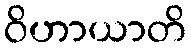
ဝိဟာယာတိ